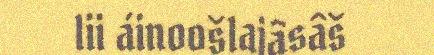
lii áinoošlajâsâš